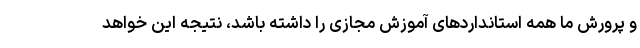
و پرورش ما همه استانداردهای آموزش مجازی را داشته باشد، نتیجه این خواهد